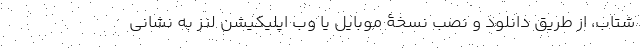
شتاب، از طریق دانلود و نصب نسخۀ موبایل یا وب اپلیکیشن لنز به نشانی